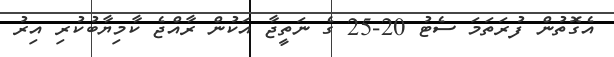
އެގޮތުން ފުރަތަމަ ސެޓު 20-25 ގެ ނަތީޖާ އަކުން ރާއްޖެ ކާމިޔާބުކުރި އިރު